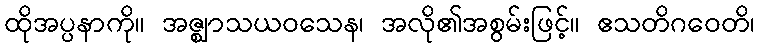
ထိုအပ္ပနာကို။ အဇ္ဈာသယဝသေန၊ အလို၏အစွမ်းဖြင့်။ ဧသတိဂဝေတိ၊